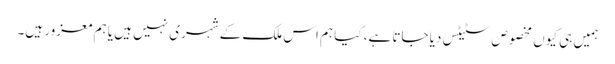
ہمیں ہی کیوں مخصوص سٹیٹس دیا جاتا ہے، کیا ہم اس ملک کے شہری نہیں ہیں یا ہم معزور ہیں۔